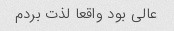
عالی بود واقعا لذت بردم